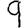
Digit: 9